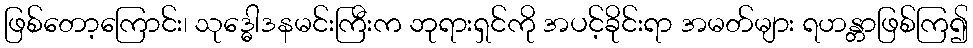
ဖြစ်တော့ကြောင်း၊ သုဒ္ဓေါဒနမင်းကြီးက ဘုရားရှင်ကို အပင့်ခိုင်းရာ အမတ်များ ရဟန္တာဖြစ်ကြ၍